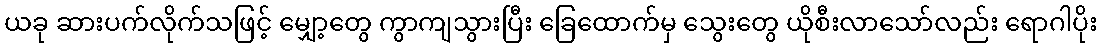
ယခု ဆားပက်လိုက်သဖြင့် မျှော့တွေ ကွာကျသွားပြီး ခြေထောက်မှ သွေးတွေ ယိုစီးလာသော်လည်း ရောဂါပိုး